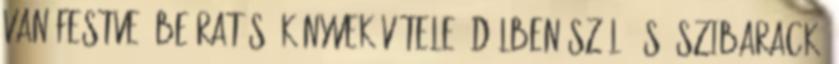
van festve. Beíratás. Könyvek vétele. Délben szőlő és őszibarack.